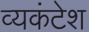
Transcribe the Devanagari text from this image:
व्यकंटेश